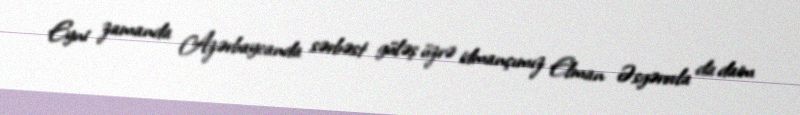
Eyni zamanda Azərbaycanda sərbəst güləş üzrə idmançımız Elman Əsgərovla da daim